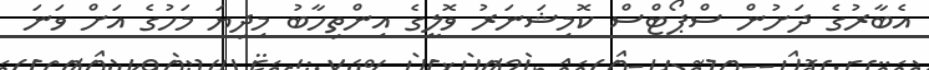
އެބާރުގެ ދަށުން ސްޕޯޓްސް ކޮމިޝަނަރު ވޮލީގެ އިންތިހާބު މިދިޔަ މަހުގެ އަށް ވަނަ